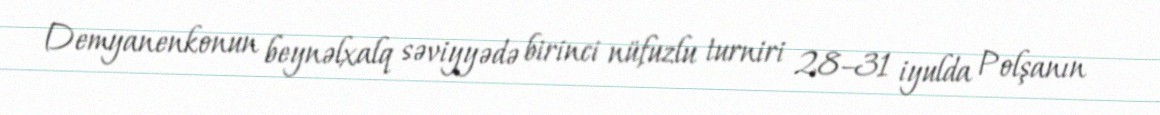
Demyanenkonun beynəlxalq səviyyədə birinci nüfuzlu turniri 28–31 iyulda Polşanın